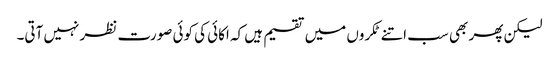
لیکن پھر بھی سب اتنے ٹکروں میں تقسیم ہیں کہ اکائی کی کوئی صورت نظر نہیں آتی۔